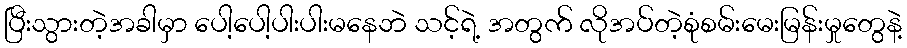
ပြီးသွားတဲ့အခါမှာ ပေါ့ပေါ့ပါးပါးမနေဘဲ သင့်ရဲ့ အတွက် လိုအပ်တဲ့စုံစမ်းမေးမြန်းမှုတွေနဲ့